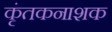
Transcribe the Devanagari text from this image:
कृंतकनाशक